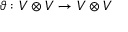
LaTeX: \vartheta : V \otimes V \to V \otimes V